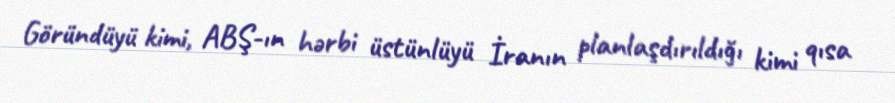
Göründüyü kimi, ABŞ-ın hərbi üstünlüyü İranın planlaşdırıldığı kimi qısa